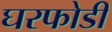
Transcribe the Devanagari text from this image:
घरफोडी